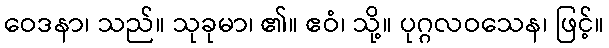
ဝေဒနာ၊ သည်။ သုခုမာ၊ ၏။ ဧဝံ၊ သို့။ ပုဂ္ဂလဝသေန၊ ဖြင့်။